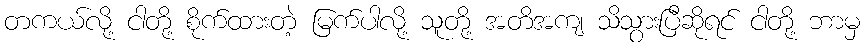
တကယ်လို့ ငါတို့ စိုက်ထားတဲ့ မြက်ပါလို့ သူတို့ အတိအကျ သိသွားပြီဆိုရင် ငါတို့ ဘာမှ